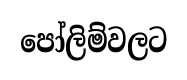
පෝලිම්වලට